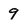
Character: 9